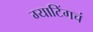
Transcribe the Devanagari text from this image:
ग्याटिंगचं